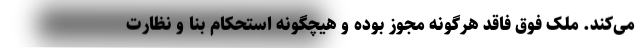
می‌کند. ملک فوق فاقد هرگونه مجوز بوده و هیچگونه استحکام بنا و نظارت